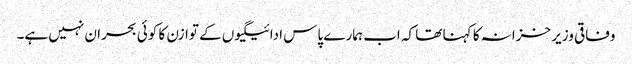
وفاقی وزیر خزانہ کا کہنا تھا کہ اب ہمارے پاس ادائیگیوں کے توازن کا کوئی بحران نہیں ہے۔